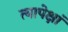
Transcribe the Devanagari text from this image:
त्यापेक्षां